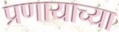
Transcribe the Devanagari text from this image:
प्रणायाच्या